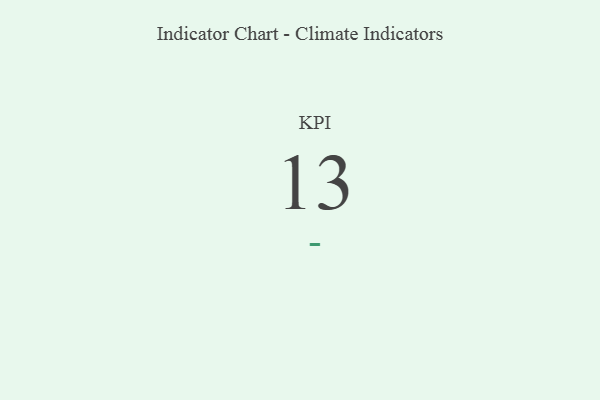
{"axis": {"x": "KPI", "y": "Value"}, "legend": [""], "data": [{"x": "KPI", "y": 13, "type": ""}]}